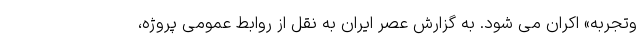
وتجربه» اکران می شود. به گزارش عصر ایران به نقل از روابط عمومی پروژه،